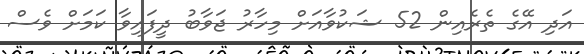
އަދި އޭގެ ތެރެއިން 52 ޝަކުވާއަށް މިހާރު ޖަވާބު ދީފައިވާ ކަމަށް ވެސް